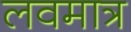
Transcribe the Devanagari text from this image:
लवमात्र